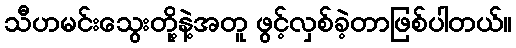
သီဟမင်းသွေးတို့နဲ့အတူ ဖွင့်လှစ်ခဲ့တာဖြစ်ပါတယ်။